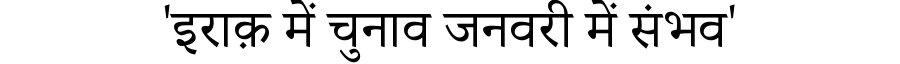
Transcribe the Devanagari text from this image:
'इराक़ में चुनाव जनवरी में संभव'